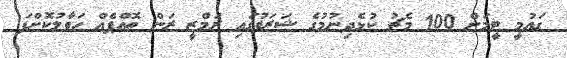
ގައުމީ ޓީމަށް 100 މެޗު ކުޅެދިނުމުގެ ޝަރަފުގައި ރަމްޒީ ރަން ތޮއްޕެއް ހަވާލުކޮށްފަ